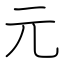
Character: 元